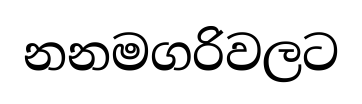
නනමගරිවලට